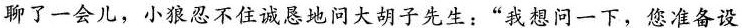
聊了一会儿，小狼忍不住诚恳地问大胡子先生：”我想问一下，您准备设